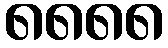
၈၈၈၈